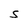
Character: S